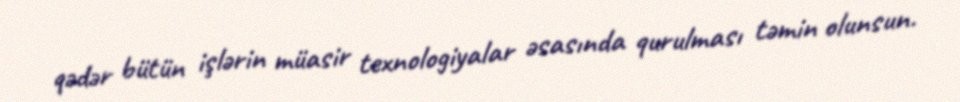
qədər bütün işlərin müasir texnologiyalar əsasında qurulması təmin olunsun.